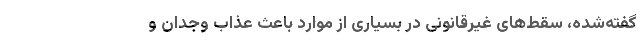
گفته‌شده، سقط‌‌های غیرقانونی در بسیاری از موارد باعث عذاب وجدان و